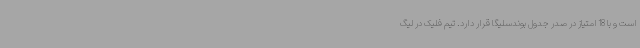
است و با 18 امتیاز در صدر جدول بوندسلیگا قرار دارد. تیم فلیک در لیگ